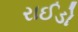
રાઈડો